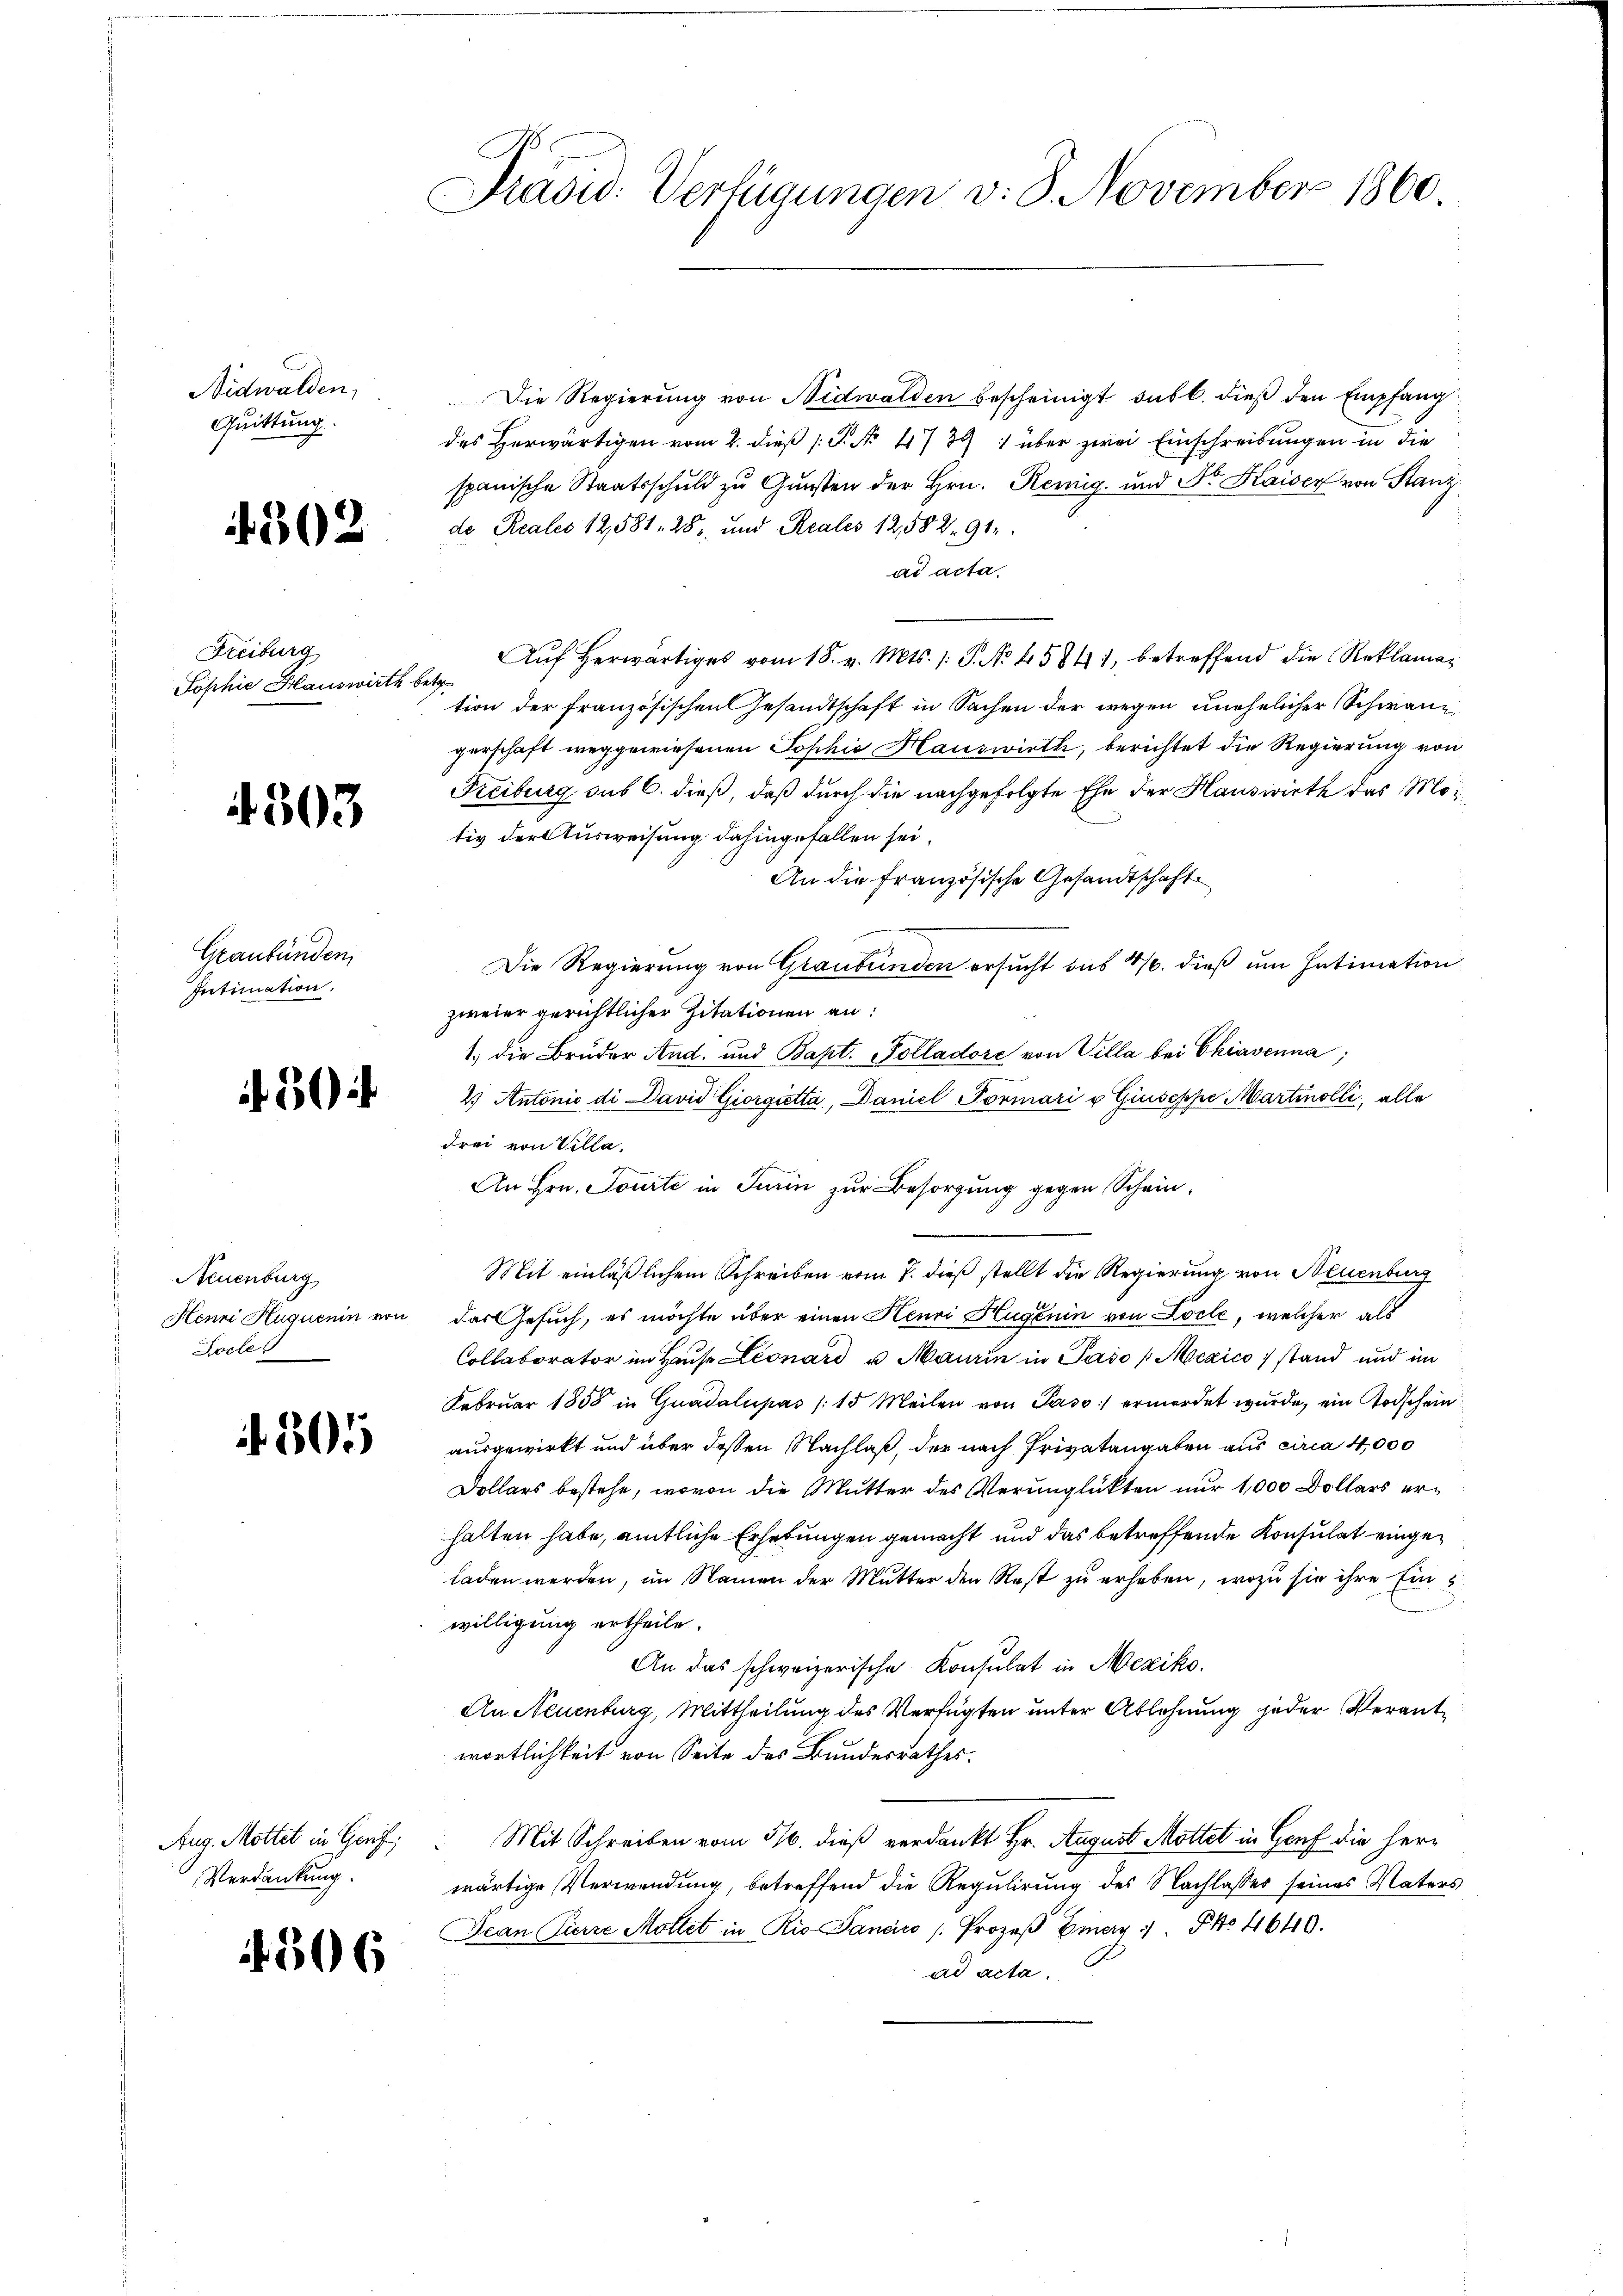
Nidwalden,
Quittung.

302

Freiburg
Sophie Hauswirth

4303

Graubünden
Intimation.

504

Neuenburg
Pocles

305

Verdankung.

506

Prasid. Verfügungen v. 8. November 1860.

Die Regierung von Nidwalden bescheinigt sub b. dieß den Empfang
des Herwärtigen vom 2. dieß (T. No 11739 " über zwei Einschreibungen in die
spanische Staatsschuld zu Gunsten der Hrn. Reinig- und Sr. Kaiser von Stanz
de Realis 12,581. 28, und Reales 12,582. 91.
ad acta.
Aŭf herwärtiges vom 18. v. Mts. 1. S. No 45841, betreffend die Reklama¬
 betr
tion der französischen Gesandtschaft in Sachen der wegen unehelicher Schwangerschaft weggewiesenen Sophie Hauswirth, berichtet die Regierung von
Freiburg sub 6. dieß, daß durch die nachgefolgte Ehe der Hauswirth das Motiv der Ausweisung dahingefallen sei.
An die Französische Gesandtschaft
Die Regierung von Graubünden ersucht bis 416. dieß um Intimation
zweier gerichtlicher Zitationen an:
1.) die Bruder And. und Bapt. Polladore von Villa bei Chiavenna;
2.) Antonio di David Giorgietta, Daniel Formari v Giuseppe Martinolli, alle
Frei von Villa.
An Hrn. Tourte in Turin zur Besorgung gegen Schein¬

Mit einläßlichem Schreiben vom 7. dieß stellt die Regierung von Neuenburg
Henni Huquenin von das Gesuch, es möchte über einen Henri Hugenin von Locle, welcher als
Collaborator im Haŭse Leonard u Maurin in Pašo [Mexicostand und im
Februar 1858 in Guadalupás /15 Meilen von Paso) ermordet wurde, ein Todschein
ausgewirkt und über dessen Nachlaß, der nach Privatangaben aus circa 4,000
Dollars bestehe, wovon die Mutter des Verunglükten nur 1,000 Dollars erhalten habe, amtliche Erhebungen gemacht und das betreffende Konsulat eingeladen werden, im Namen der Mutter den Rest zu erheben, wozu sie ihre Eins
willigung ertheile.
An das schweizerische Konsulat in Mexiko¬
An Neuenburg, Mittheilung des Verfügten unter Ablehnung jeder Verant
wortlichkeit von Seite des Bundesrathes.
Aug. Mottet in Genf Mit Schreiben vom 516. dieß verdankt Hr. August Mottet in Genf die Herr
wärtige Verwendung, betreffend die Regulirung des Nachlasses seines Vaters
Jean Pierre Mottet in Rio Sancin /: Prozeβ Eiery :/. P. 4649.
ad acta.